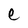
Character: e